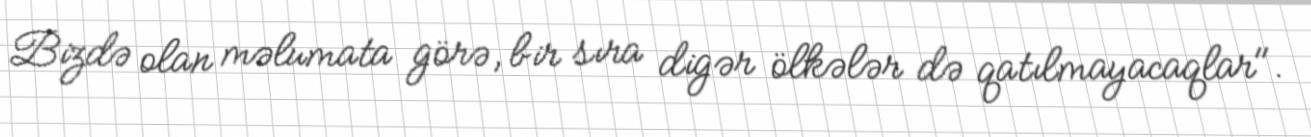
Bizdə olan məlumata görə, bir sıra digər ölkələr də qatılmayacaqlar".